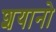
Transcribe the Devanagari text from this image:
शयानो